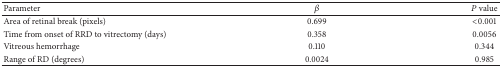
<table><thead><tr><td><b>Parameter</b></td><td><b><i>β</i></b></td><td><b><i>P</i> value</b></td></tr></thead><tbody><tr><td>Area of retinal break (pixels)</td><td>0.699</td><td>&lt;0.001</td></tr><tr><td>Time from onset of RRD to vitrectomy (days)</td><td>0.358</td><td>0.0056</td></tr><tr><td>Vitreous hemorrhage</td><td>0.110</td><td>0.344</td></tr><tr><td>Range of RD (degrees)</td><td>0.0024</td><td>0.985</td></tr></tbody></table>